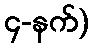
၄-နက်)